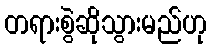
တရားစွဲဆိုသွားမည်ဟု